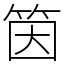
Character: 筃